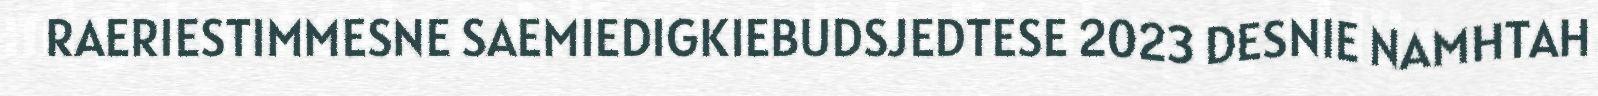
RAERIESTIMMESNE SAEMIEDIGKIEBUDSJEDTESE 2023 DESNIE NAMHTAH